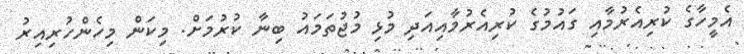
އެމީހާގެ ކުރިއެރުމާއި ގައުމުގެ ކުރިއެރުމާއިއަދި މުޅި މުޖުތަމައު ބިނާ ކުރުމަށް. މިކަން މިހެންހުރިއިރު